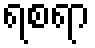
ရစရာ